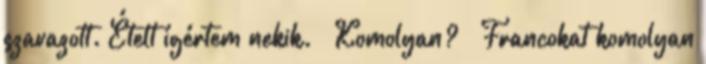
szavazott. Ételt ígértem nekik. – Komolyan? – Francokat komolyan